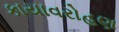
કાયાવરોહણ